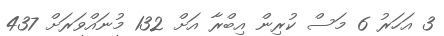
3 އަހަރު 6 މަސް ކުރިން އިބްރާ އަށް 132 މުނައްވަރަށް 437